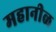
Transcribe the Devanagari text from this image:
महानीळ